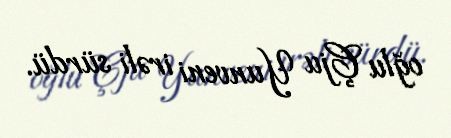
oğlu Çju Yunveni irəli sürdü.